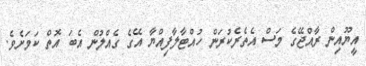
އީޔޫއިން ރާއްޖޭގެ މަސް އެތެރެކުރަން ހުއްޓާލާފިއްޔާ އޭގެ ގެއްލުން އެބަ އޮތް ކަމަށެވެ.